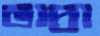
ভাদ্রা